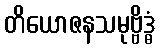
တိယောဇနသမုဗ္ဗိဒ္ဓံ